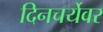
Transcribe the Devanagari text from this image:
दिनचर्येवर